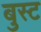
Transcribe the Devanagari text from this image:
बुस्ट